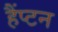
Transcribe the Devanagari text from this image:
हैंप्टन